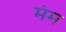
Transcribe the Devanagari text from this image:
मंम